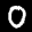
Label: 0